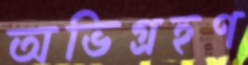
অভিগ্রহণ